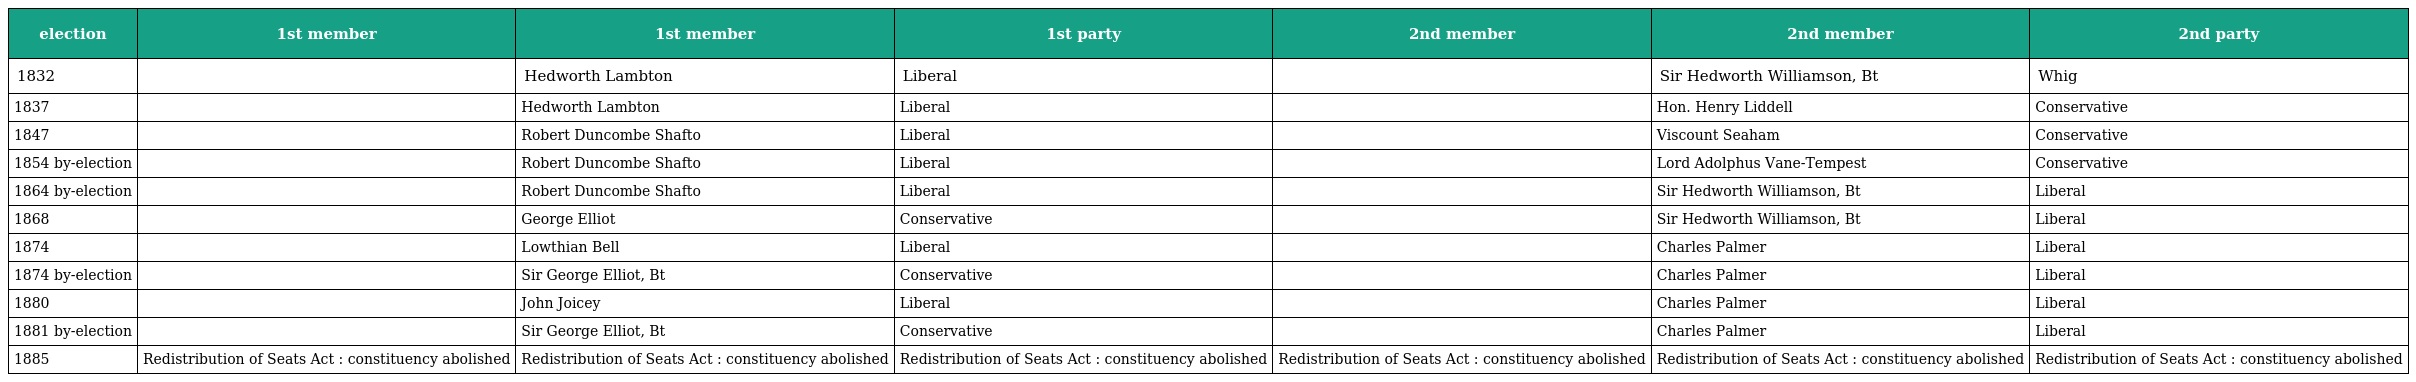
| election | 1st member | 1st member | 1st party | 2nd member | 2nd member | 2nd party |
 | --- | --- | --- | --- | --- | --- | --- |
 | 1832 |  | Hedworth Lambton | Liberal |  | Sir Hedworth Williamson, Bt | Whig |
 | 1837 |  | Hedworth Lambton | Liberal |  | Hon. Henry Liddell | Conservative |
 | 1847 |  | Robert Duncombe Shafto | Liberal |  | Viscount Seaham | Conservative |
 | 1854 by-election |  | Robert Duncombe Shafto | Liberal |  | Lord Adolphus Vane-Tempest | Conservative |
 | 1864 by-election |  | Robert Duncombe Shafto | Liberal |  | Sir Hedworth Williamson, Bt | Liberal |
 | 1868 |  | George Elliot | Conservative |  | Sir Hedworth Williamson, Bt | Liberal |
 | 1874 |  | Lowthian Bell | Liberal |  | Charles Palmer | Liberal |
 | 1874 by-election |  | Sir George Elliot, Bt | Conservative |  | Charles Palmer | Liberal |
 | 1880 |  | John Joicey | Liberal |  | Charles Palmer | Liberal |
 | 1881 by-election |  | Sir George Elliot, Bt | Conservative |  | Charles Palmer | Liberal |
 | 1885 | Redistribution of Seats Act : constituency abolished | Redistribution of Seats Act : constituency abolished | Redistribution of Seats Act : constituency abolished | Redistribution of Seats Act : constituency abolished | Redistribution of Seats Act : constituency abolished | Redistribution of Seats Act : constituency abolished |